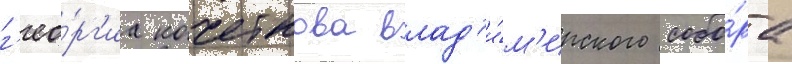
г'ео́рг'иа кочеткова влад'и́м'ирского собо́ра